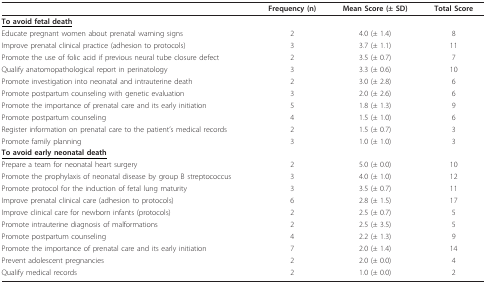
|  | Frequency (n) | Mean Score (± SD) | Total Score |
 | --- | --- | --- | --- |
 | <COLSPAN=4> <underline>To avoid fetal death</underline> |
 | Educate pregnant women about prenatal warning signs | 2 | 4.0 (± 1.4) | 8 |
 | Improve prenatal clinical practice (adhesion to protocols) | 3 | 3.7 (± 1.1) | 11 |
 | Promote the use of folic acid if previous neural tube closure defect | 2 | 3.5 (± 0.7) | 7 |
 | Qualify anatomopathological report in perinatology | 3 | 3.3 (± 0.6) | 10 |
 | Promote investigation into neonatal and intrauterine death | 2 | 3.0 (± 2.8) | 6 |
 | Promote postpartum counseling with genetic evaluation | 3 | 2.0 (± 2.6) | 6 |
 | Promote the importance of prenatal care and its early initiation | 5 | 1.8 (± 1.3) | 9 |
 | Promote postpartum counseling | 4 | 1.5 (± 1.0) | 6 |
 | Register information on prenatal care to the patient's medical records | 2 | 1.5 (± 0.7) | 3 |
 | Promote family planning | 3 | 1.0 (± 1.0) | 3 |
 | <COLSPAN=4> <underline>To avoid early neonatal death</underline> |
 | Prepare a team for neonatal heart surgery | 2 | 5.0 (± 0.0) | 10 |
 | Promote the prophylaxis of neonatal disease by group B streptococcus | 3 | 4.0 (± 1.0) | 12 |
 | Promote protocol for the induction of fetal lung maturity | 3 | 3.5 (± 0.7) | 11 |
 | Improve prenatal clinical care (adhesion to protocols) | 6 | 2.8 (± 1.5) | 17 |
 | Improve clinical care for newborn infants (protocols) | 2 | 2.5 (± 0.7) | 5 |
 | Promote intrauterine diagnosis of malformations | 2 | 2.5 (± 3.5) | 5 |
 | Promote postpartum counseling | 4 | 2.2 (± 1.3) | 9 |
 | Promote the importance of prenatal care and its early initiation | 7 | 2.0 (± 1.4) | 14 |
 | Prevent adolescent pregnancies | 2 | 2.0 (± 0.0) | 4 |
 | Qualify medical records | 2 | 1.0 (± 0.0) | 2 |